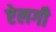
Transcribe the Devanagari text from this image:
ऐलगी